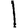
Digit: 1